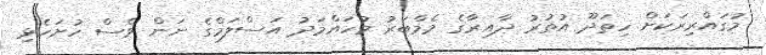
މުގައްރިރަކަށް ހިތަދޫ އުތުރު ދާއިރާގެ މެމްބަރު މުހައްމަދު އަސްލަމްގެ ނަން ވެސް ހުށަހެޅި